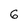
Character: 6